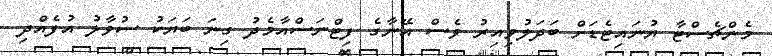
މެންޗެސްޓާ ޔުނައިޓެޑަށް ބަދަލުވިއިރު ވެސް އޭނާގެ ފިޓްނަސްއާމެދު ގިނަ ބަޔަކު ސުވާލު އުފެއްދި